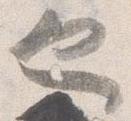
也